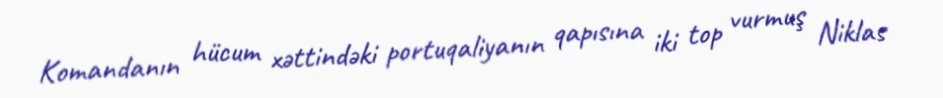
Komandanın hücum xəttindəki portuqaliyanın qapısına iki top vurmuş Niklas